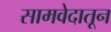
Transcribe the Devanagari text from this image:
सामवेदातून